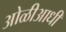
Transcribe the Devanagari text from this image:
ओळीआधी